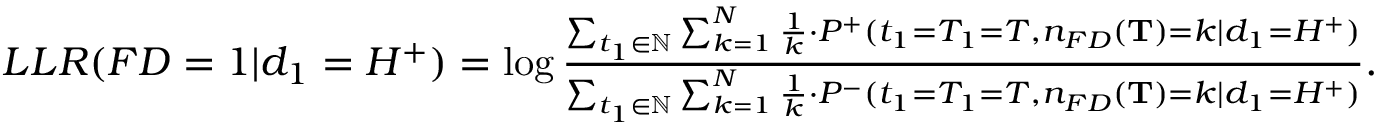
\begin{array} { r } { L L R ( F D = 1 | d _ { 1 } = H ^ { + } ) = \log \frac { \sum _ { t _ { 1 } \in \mathbb { N } } \sum _ { k = 1 } ^ { N } \frac { 1 } { k } \cdot P ^ { + } ( t _ { 1 } = T _ { 1 } = T , n _ { F D } ( \mathbf { T } ) = k | d _ { 1 } = H ^ { + } ) } { \sum _ { t _ { 1 } \in \mathbb { N } } \sum _ { k = 1 } ^ { N } \frac { 1 } { k } \cdot P ^ { - } ( t _ { 1 } = T _ { 1 } = T , n _ { F D } ( \mathbf { T } ) = k | d _ { 1 } = H ^ { + } ) } . } \end{array}